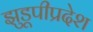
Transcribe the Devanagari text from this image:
झुडूपीप्रदेश